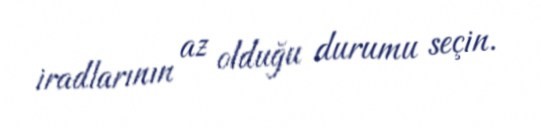
iradlarının az olduğu durumu seçin.